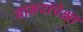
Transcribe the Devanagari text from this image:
वानरांपेक्षा